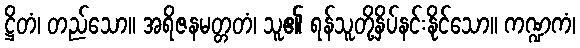
ဋ္ဌိတံ၊ တည်သော။ အရိဇနမတ္တတံ၊ သူ၏ ရန်သူတို့နှိပ်နင်းနိုင်သော။ ကဏ္ဍကံ၊